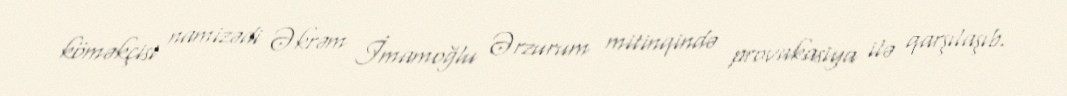
köməkçisi namizədi Əkrəm İmamoğlu Ərzurum mitinqində provakasiya ilə qarşılaşıb.